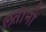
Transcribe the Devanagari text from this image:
लतांनी